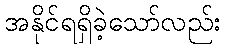
အနိုင်ရရှိခဲ့သော်လည်း